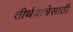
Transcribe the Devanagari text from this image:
तीर्थयात्रेसाठी